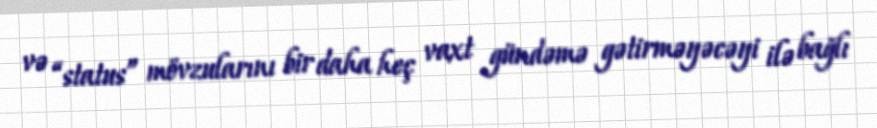
və “status” mövzularını bir daha heç vaxt gündəmə gətirməyəcəyi ilə bağlı